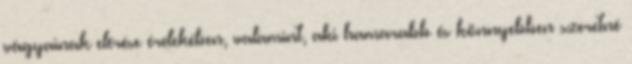
vágyainak elérése érdekében, valamint, aki hamarabb és könnyebben szeretné